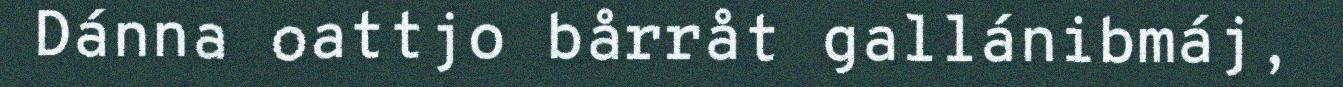
Dánna oattjo bårråt gallánibmáj,